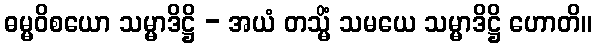
ဓမ္မဝိစယော သမ္မာဒိဋ္ဌိ - အယံ တသ္မိံ သမယေ သမ္မာဒိဋ္ဌိ ဟောတိ။